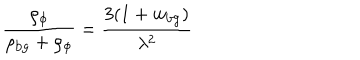
\frac { \rho _ { \phi } } { \rho _ { \mathrm { b g } } + \rho _ { \phi } } = \frac { 3 ( 1 + w _ { \mathrm { b g } } ) } { \lambda ^ { 2 } }